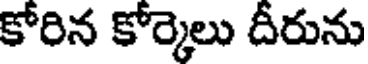
కోరిన కోర్కెలు దీరును